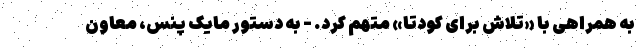
به همراهی با «تلاش برای کودتا» متهم کرد. - به دستور مایک پنس، معاون